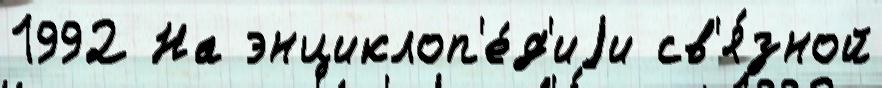
1992 На энциклоп'е́д'иjи св'я́зной